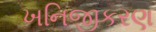
ખનિજીકરણ